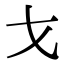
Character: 𭠍